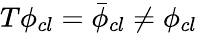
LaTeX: T\phi_{cl}=\bar{\phi}_{cl}\neq\phi_{cl}